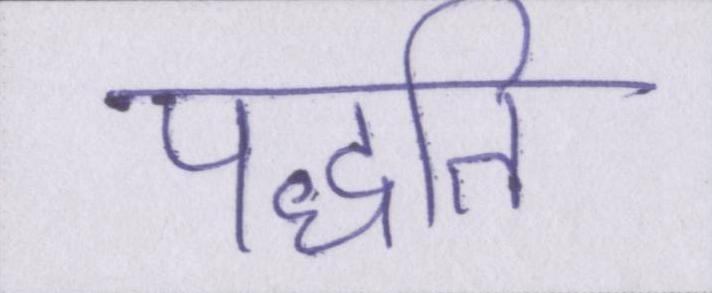
पद्धति